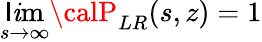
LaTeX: \operatorname*{\mathsf{l}\mathit{i}m}_{s\to\infty}{\calP}_{LR}(s,z)=1